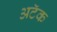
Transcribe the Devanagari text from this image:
अटॅक